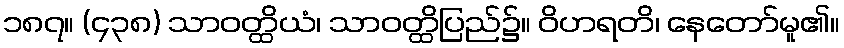
၁၈၇။ (၄၃၈) သာဝတ္ထိယံ၊ သာဝတ္ထိပြည်၌။ ဝိဟရတိ၊ နေတော်မူ၏။